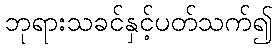
ဘုရားသခင်နှင့်ပတ်သက်၍